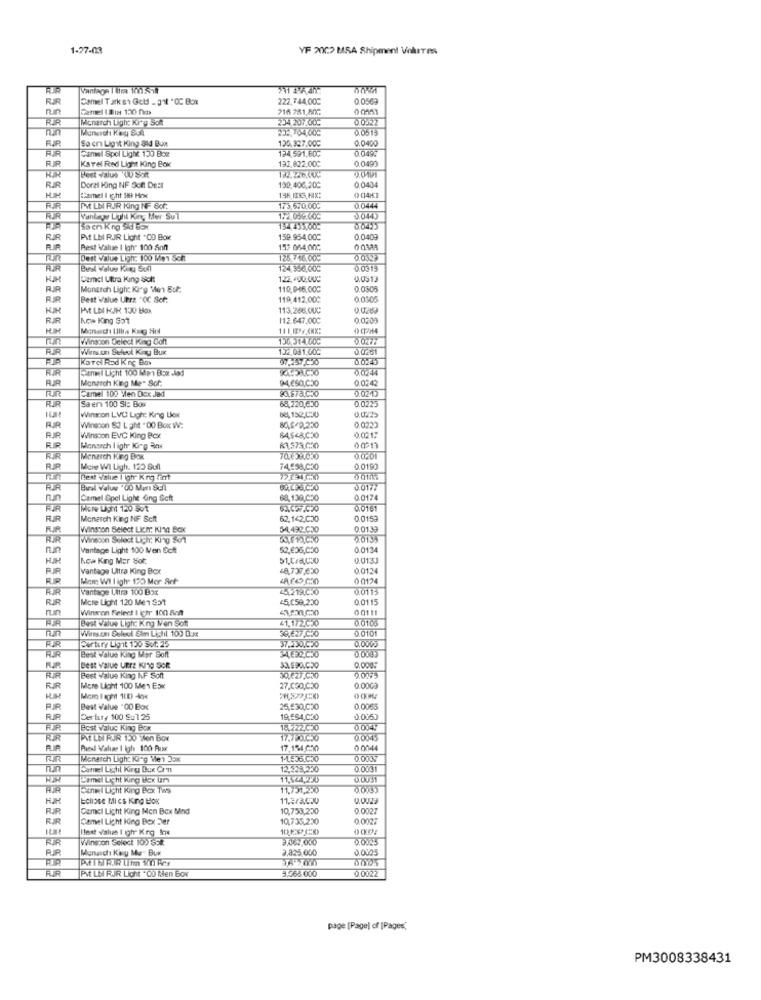
1-27-03
YF 2002 MSA Shipment Volutes
Vantage I tira 100 Sill
RIR
Camel Tak s Gold _ 31 "CC Box
222.744.000
0.0563
Camel I Bia 120 na
216 281 80G
0 0153
Micharch Light Kig Som
0.0.22
Menoch Ky B5
0.0519
Sa en Lig'it King ald Bon
0.0400
FJR
FR
Camel Spel Light 130 Box
124,591,60℃
0.049:
0.0490
Karel Red Light King Box
192,822.000
Heet valus 'U Soit
130.406,200
0.0404
RIR
Doral King NF Son DeEt
Camel I Cht SH Hoe
135 IIK5, HIX:
FIR
IM LBI RAR King NF 8of:
173,570.000
0.0444
FR
Vanlage Light Kin, Her Sul
0.044
Sa en king Sid box
134 435.00℃
0.0425
At Lb RJR Light +CD Box
159.954.00℃
0.0409
Rest Value I Ighr 100 Son
15: 064 00℃
Dest Value Ligh: 100 Met Scht
125 746.00℃
0.0329
124,356,00℃
0.0319
Camel Uttra King &dl!
0.0513
Monarch Ligh: King Men Sof:
110,0-16.000
0.0305
Best Value Uhra "OC Ser.
119,412.000
0.0305
HUH
AT LEI KJK 130 Box
113.266.00℃
RIR
Ich King Sot
112.647.000
0.0209
0 02H4
Winston Gelect King Doft
136,314.00℃
Wires can Seleul Kiny Bux
1.32,081.000
3.0001
KaTel Rad Kne Box
Cannel Licht 100 Mp Box .And
Monarch King Me- Sof:
0.0242
Camel 100 Men Dex Jad
20,878,030
0.0210
Sa er 100 Si: Box
68,220,630
0.0225
Winston LVC Ligh; King Liox
60, 152,030
80.6-9,250
0.0225
CccD'o
Winston 82 L ght " 00 Box W:
Winston EVC King Bcx
0.0212
Mensch I igher King Row
00013
RIR
Menarch King Box
MicHe WI Ligh. 120 Sull
74£58,030
0.0190
Best Value I ghr King Lent
0.0177
Camel Spel Light King Soft
68,130,050
0.0174
Micre Ught 120 50t
RJR
Monarch King NIF Seft
62,142,C30
0.0153
FIR
Winston Select Lich: KIna BOK
34,492.030
0.01.39
Wineson Select Light: King So1
Vantage Light 100 Men Echt
52,635,050
0.0134
Kca King Mer bot
0.0131
RF
vantage Ultra King Box
48,737,630
0.01.24
Meme Will ighe 120 Mer Art
0 0124
Vantage Litra 100 Box
0.011:
RR
Mere Light 120 Men $31
45,059,230
0.0115
run
Wincon Select I Ichr 100 Sch
0011
Best Value Ligh: King Ien Soft
41.1720%
38,627.030
0.0101
Certiry Lignit 120 sot 25
37.230 030
34.632.030
Best Value king Mar Soft
Best Value UFFE KING SOR
0,000:
Best Value King IF Soft
30.227.000
9.0093
FIR
Mere Light 100 Men ESx
27.000,C20
0.00ca
Best Value .00 Box
25,930,020
0.0065
DerIer, 100 Su125
19,ES4,050
0.0053
Best Value King Box
0.004
RIR
ANT LBI RAR 150 Won Box
17.00.050
0.0045
Avedl Walime I igh 100 Pust
17.154.030
0 0044
TUR
Monarch Ligh: King Men Jox
14.536.030
0.0007
Camel Light Kirgı Bux Con
12.328,230
0.000
Lamel ight King Hex Un
11.544,250
canal Light King Box 129
11,731,250
Eclipse MI Cs King BOK
11.3/3,000
RUR
Camel Light King Men Box Mind
10,753,250
0.0027
RIR
Camel Light King Bex Der
10,735,230
0.0027
Best value 1 gir King Inx
Winston Select 100 S.k.
0.0123
Monarch Kiny Mo- Bur
9,825,000
0.0003
FIR
3.568.000
PM LE RJR Licht +OD MHen Box
0.0022
page [Page) of [Pages,
PM3008338431